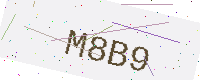
Text: M8B9